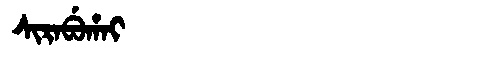
Manchu: ᠰᡳᡵᠠᠪᡠᡥᠠᡳ
Romanization: SIRABUHAI